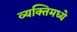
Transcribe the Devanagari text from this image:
व्यक्तिमध्ये